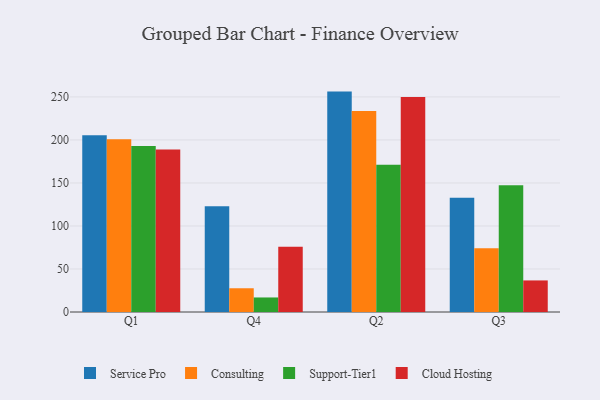
{"axis": {"x": "Quarter", "y": "Website Visitors"}, "legend": ["Cloud Hosting", "Consulting", "Service Pro", "Support-Tier1"], "data": [{"x": "Q1", "y": 205.6, "type": "Service Pro"}, {"x": "Q1", "y": 200.9, "type": "Consulting"}, {"x": "Q1", "y": 193.0, "type": "Support-Tier1"}, {"x": "Q1", "y": 188.9, "type": "Cloud Hosting"}, {"x": "Q4", "y": 122.8, "type": "Service Pro"}, {"x": "Q4", "y": 27.6, "type": "Consulting"}, {"x": "Q4", "y": 16.9, "type": "Support-Tier1"}, {"x": "Q4", "y": 75.8, "type": "Cloud Hosting"}, {"x": "Q2", "y": 256.2, "type": "Service Pro"}, {"x": "Q2", "y": 233.7, "type": "Consulting"}, {"x": "Q2", "y": 171.2, "type": "Support-Tier1"}, {"x": "Q2", "y": 249.8, "type": "Cloud Hosting"}, {"x": "Q3", "y": 132.8, "type": "Service Pro"}, {"x": "Q3", "y": 74.1, "type": "Consulting"}, {"x": "Q3", "y": 147.4, "type": "Support-Tier1"}, {"x": "Q3", "y": 36.7, "type": "Cloud Hosting"}]}